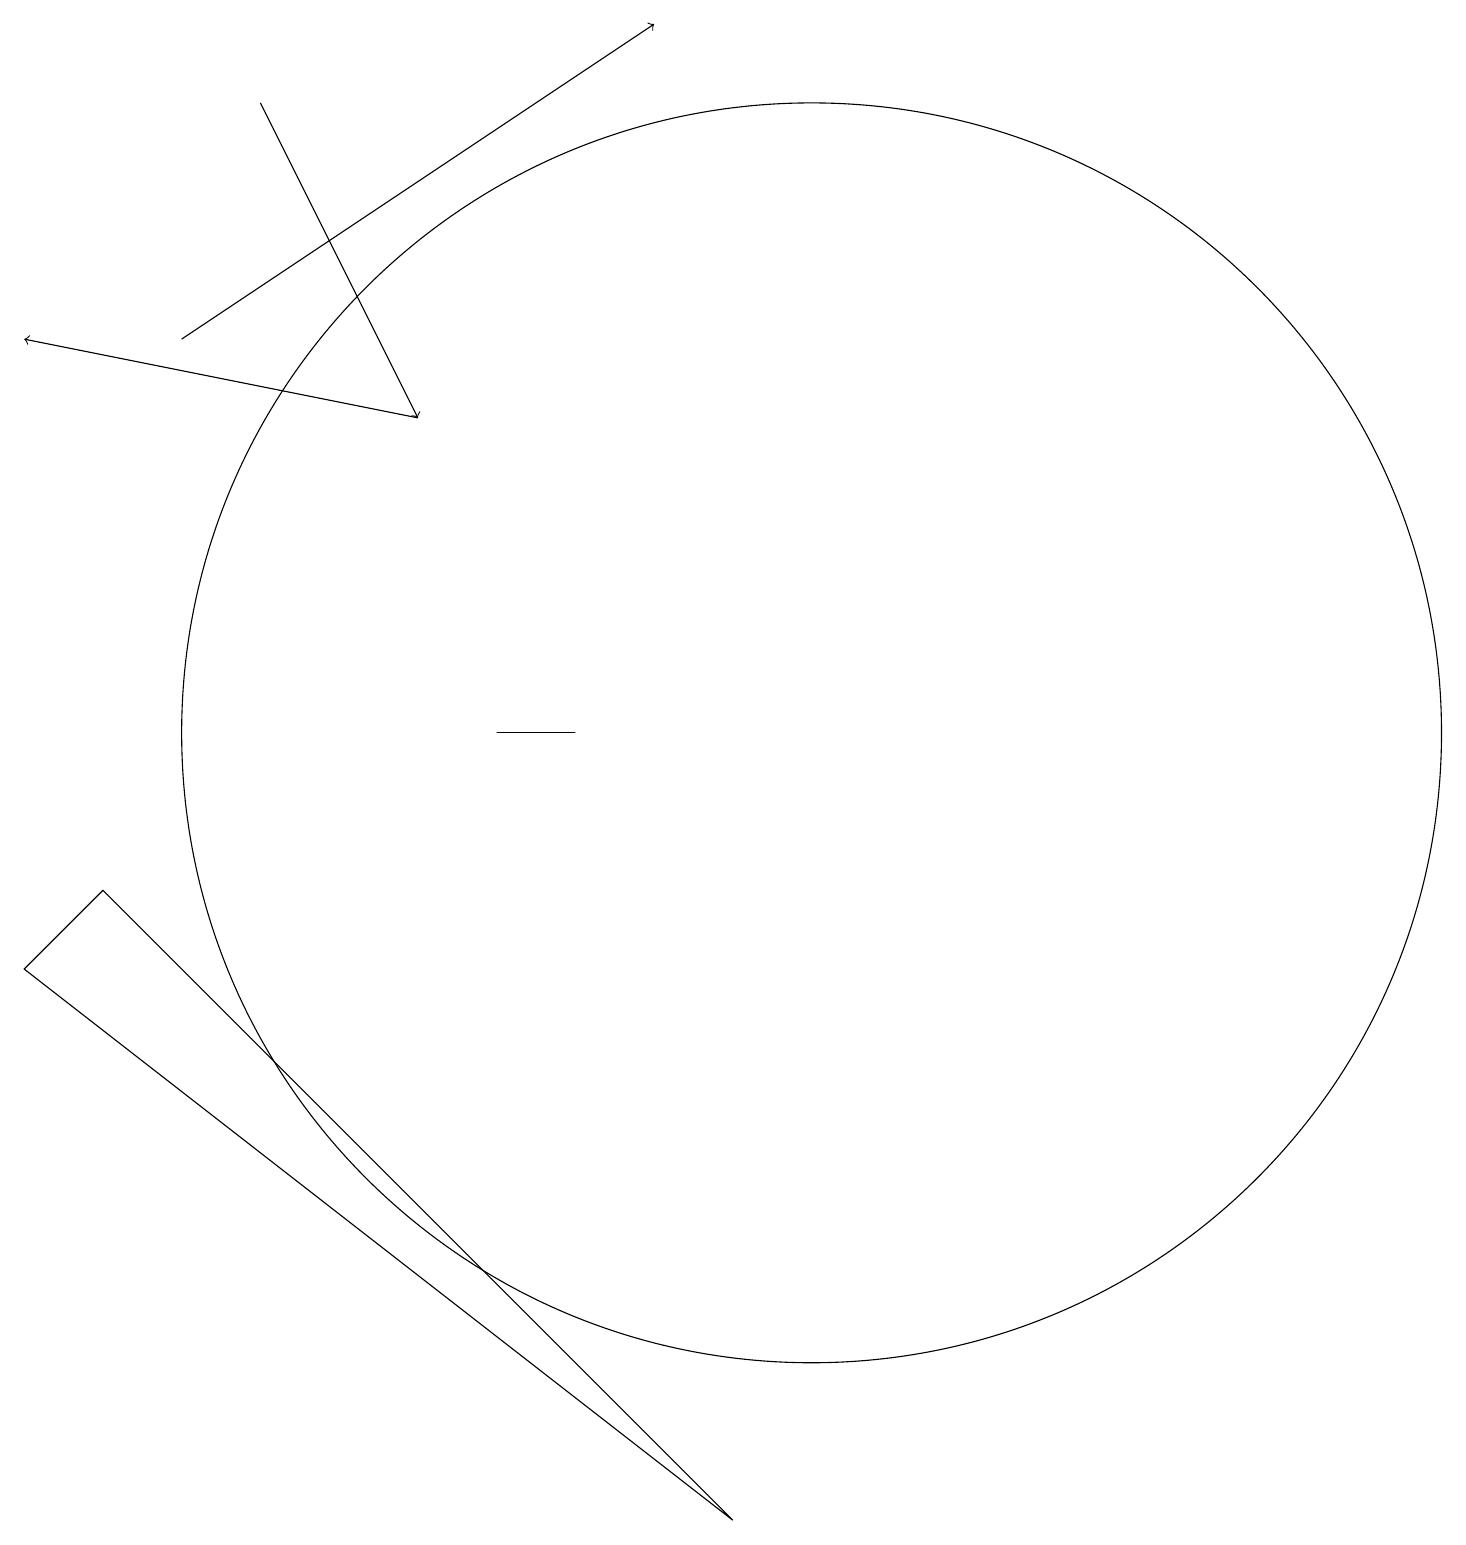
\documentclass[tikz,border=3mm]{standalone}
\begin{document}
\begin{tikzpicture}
\draw (6,10) rectangle (7,10);
\draw[->] (3,18) -- (5,14);
\draw (1,8) -- (9,0) -- (0,7) -- cycle;
\draw[->] (5,14) -- (0,15);
\draw[->] (2,15) -- (8,19);
\draw (10,10) circle (8);
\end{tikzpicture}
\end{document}